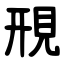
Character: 䙹